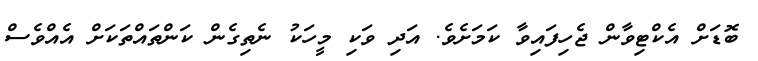
ބޮޑަށް އެކްޓިވާން ޖެހިފައިވާ ކަމަށެވެ. އަދި ވަކި މީހަކު ނެތިގެން ކަންތައްތަކަށް އެއްވެސް